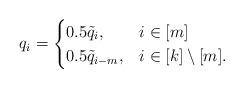
LaTeX: \begin{align*}q_i = \begin{cases} 0.5\tilde{q}_i, & i \in [m] \\0.5\tilde{q}_{i-m}, & i \in [k]\setminus [m]. \end{cases}\end{align*}